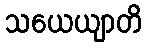
သယေယျာတိ